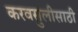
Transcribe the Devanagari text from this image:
करवसुलीसाठी